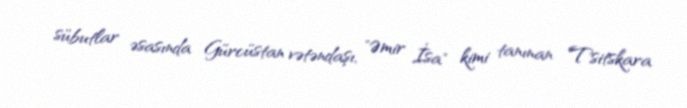
sübutlar əsasında Gürcüstan vətəndaşı, "Əmir İsa" kimi tanınan Tsitskara